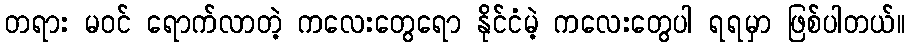
တရား မ၀င် ရောက်လာတဲ့ ကလေးတွေရော နိုင်ငံမဲ့ ကလေးတွေပါ ရရမှာ ဖြစ်ပါတယ်။